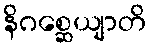
နိဂစ္ဆေယျာတိ